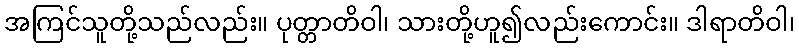
အကြင်သူတို့သည်လည်း။ ပုတ္တာတိဝါ၊ သားတို့ဟူ၍လည်းကောင်း။ ဒါရာတိဝါ၊